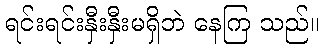
ရင်းရင်းနှီးနှီးမရှိဘဲ နေကြ သည်။